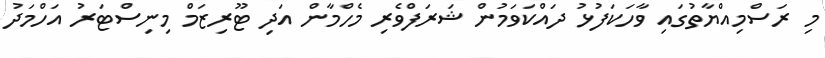
މި ރަސްމިއްޔާތުގައި ވާހަކަފުޅު ދައްކަވަމުން ޝަރަފްވެރި މެހްމާން އަދި ޓޫރިޒަމް މިނިސްޓަރު އަހްމަދު